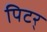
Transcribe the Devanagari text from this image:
पिटर्